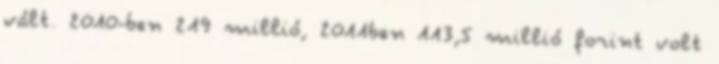
vált. 2010-ben 219 millió, 2011ben 113,5 millió forint volt